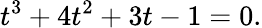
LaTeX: t^{3}+4t^{2}+3t-1=0.